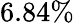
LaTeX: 6.84\%